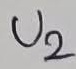
Text: U2